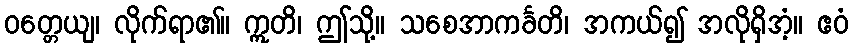
ဝတ္တေယျ၊ လိုက်ရာ၏။ ဣတိ၊ ဤသို့။ သစေအာကင်္ခတိ၊ အကယ်၍ အလိုရှိအံ့။ ဧဝံ